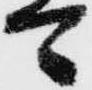
可